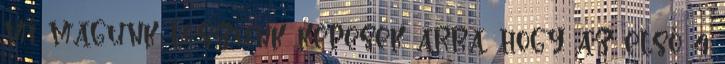
mi magunk leszünk képesek arra, hogy az első 4